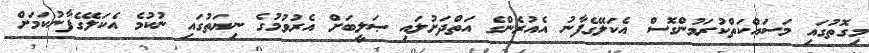
މިގޮތުގައި މަސައްކަތްކުރަމުންގޮސް އެކަލޭގެފާނު އެއުރެންގެ އަތްދަށުލައި ޞަލީބަށް އެރުވުމުގެ ނިޔަތުގައި ނުކުމެ އެކަލޭގެފާނުކަމަށް